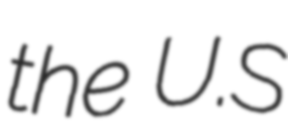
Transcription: the U.S